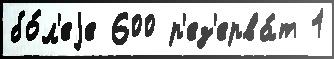
бо́л'еjе 600 р'ез'ерва́т 1